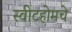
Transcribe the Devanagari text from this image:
स्वीटहोमचे